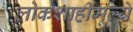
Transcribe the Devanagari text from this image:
लोकशाहीमूल्ये